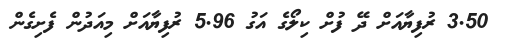
3.50 ރުފިޔާއަށް ދޭ ފުށް ކިލޯގެ އަގު 5.96 ރުފިޔާއަށް މިއަދުން ފެށިގެން